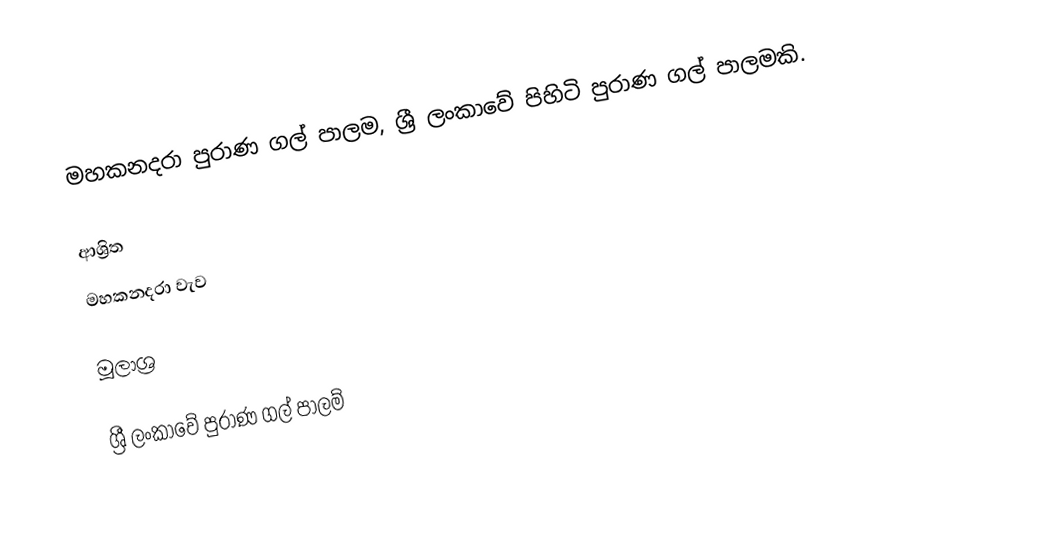
මහකනදරා පුරාණ ගල් පාලම, ශ්‍රී ලංකාවේ පිහිටි පුරාණ ගල් පාලමකි.

ආශ්‍රිත
 මහකනදරා වැව

මූලාශ්‍ර

ශ්‍රී ලංකාවේ පුරාණ ගල් පාලම්